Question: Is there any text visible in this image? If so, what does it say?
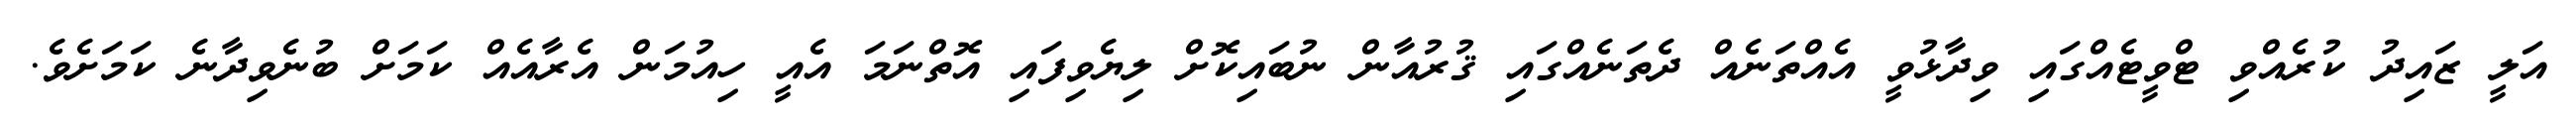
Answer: އަލީ ޒައިދު ކުރެއްވި ޓްވީޓެއްގައި ވިދާޅުވީ އެއްތަނެއް ދެތަނެއްގައި ޤުރުއާން ނުބައިކޮށް ލިޔެވިފައި އޮތްނަމަ އެއީ ހިއުމަން އެރާއެއް ކަމަށް ބުނެވިދާނެ ކަމަށެވެ.